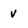
Character: v